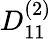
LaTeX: {D}_{11}^{(2)}